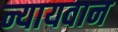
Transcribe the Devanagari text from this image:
न्यायवान